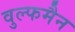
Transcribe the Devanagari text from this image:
वुल्फमैन